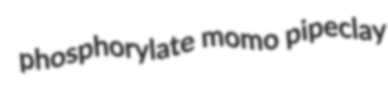
phosphorylate momo pipeclay